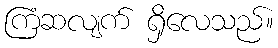
ကြံဆလျက် ရှိလေသည်။